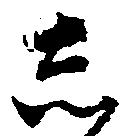
し